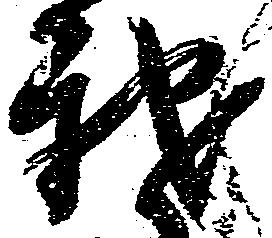
我